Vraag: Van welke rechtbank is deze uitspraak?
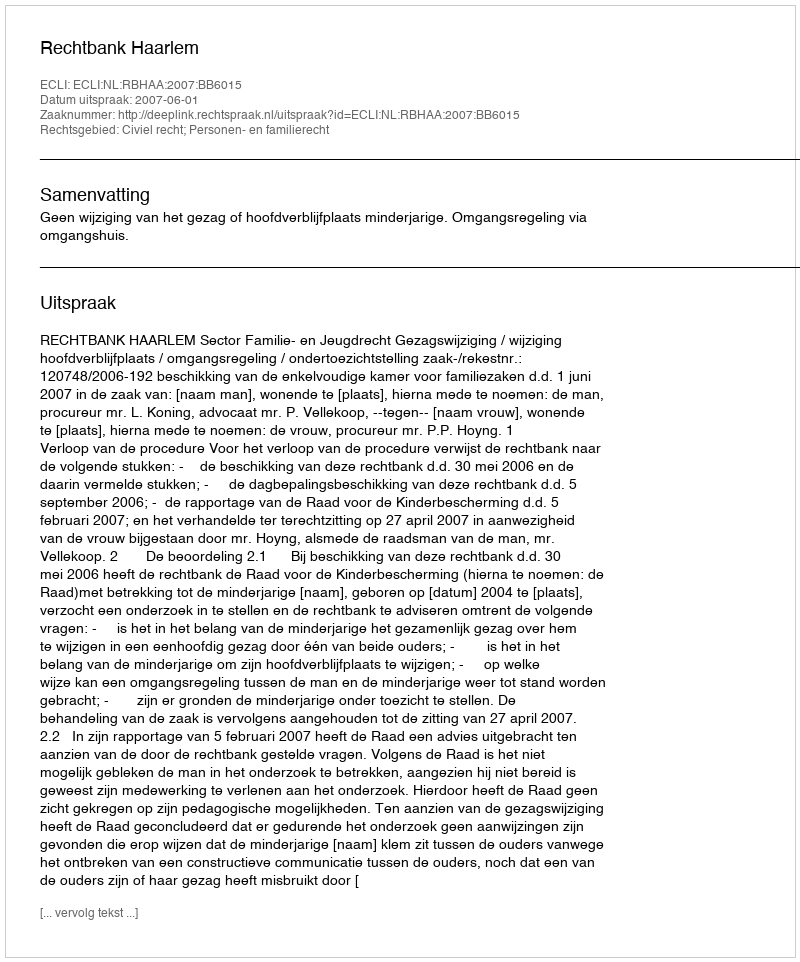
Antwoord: Rechtbank Haarlem